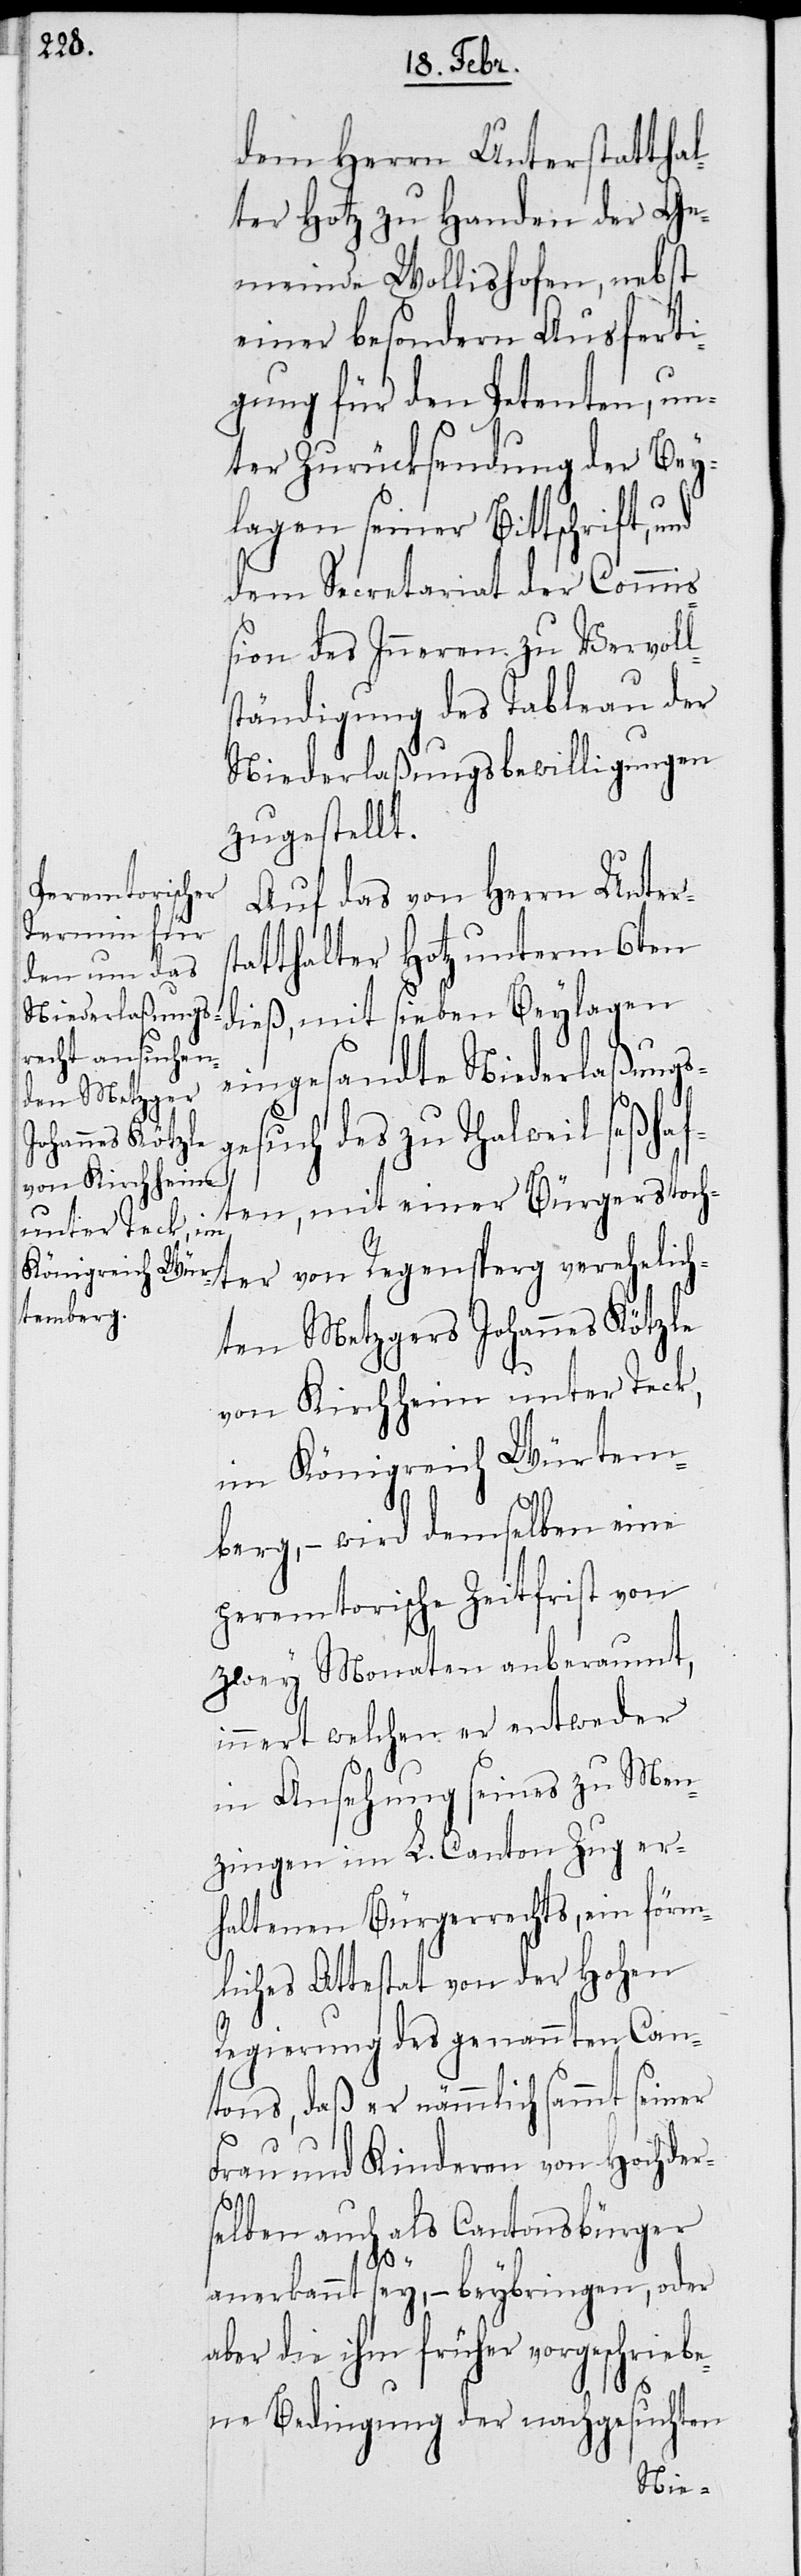
dem Herrn Unterstatthal¬
ter Hotz zu Handen der Ge¬
meinde Wollishofen, nebst
einer besonderen Ausferti¬
gung für den Petenten, un¬
ter Zurücksendung der Bey¬
lagen seiner Bittschrift,
dem Secretariat der Commi¬
ßion des Inneren zu Vervoll¬
ständigung des Tableau der
Niederlaßungsbewilligungen
zugestellt.
Auf das von Herrn Unters¬
tatthalter Hotz unterm 6ten
dieß, mit sieben Beylagen
eingesandte Niederlaßungs¬
uch des zu Thalweil seßhaf¬
ten, mit einer Bürgerstoch¬
ter von Regensperg verehelich¬
ten Metzgers Johannes Kötzle
von Kirchheim unter Teck,
im Königreich Würtem¬
berg, – wird demselben eine
peremtorische Zeitfrist von
zwey Monaten anberaumt,
innert welchen er entweder
in Ansehung seines zu Men¬
zingen im L. Canton Zug er¬
haltenen Bürgerrechts, ein förm¬
liches Attestat von der Hohen
Regierung des genannten Can¬
tons, daß er nämmlich sammt seiner
Frau und Kinderen von Hochder¬
selben auch als Cantonsbürger
ges¬
anerkannt sey, – beybringen, oder
aber die ihm früher vorgeschriebe¬
ne Bedingung der nachgesuchten